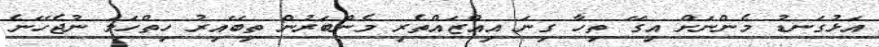
އަޅުގަނޑު މެންނަށް އިގޭ ތިހާ ގިނަ އިއްޒައްތެރި މެންބަރުން ތިބޭއިރު ހިތްހަމަ ނުޖެހޭނެ